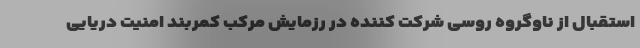
استقبال از ناوگروه روسی شرکت کننده در رزمایش مرکب کمربند امنیت دریایی